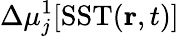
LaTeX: \Delta\mu_{j}^{1}[\mathrm{SST}(\mathbf{r},t)]